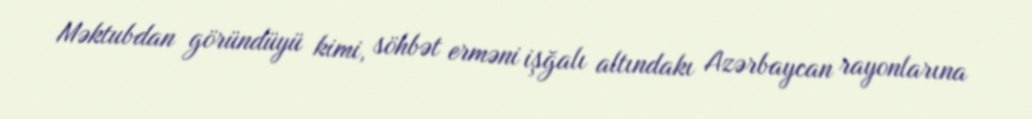
Məktubdan göründüyü kimi, söhbət erməni işğalı altındakı Azərbaycan rayonlarına